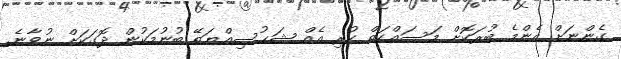
ގެންނަށް އެންމެ ބުރަކޮށް މަސައްކަތް ކުރި އެއް ޝަޙުސިއްޔަތޭ ބުނުމަކުން ދޮގަކަށް ނުވާނެ.